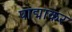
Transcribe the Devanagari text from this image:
पाद्माकर